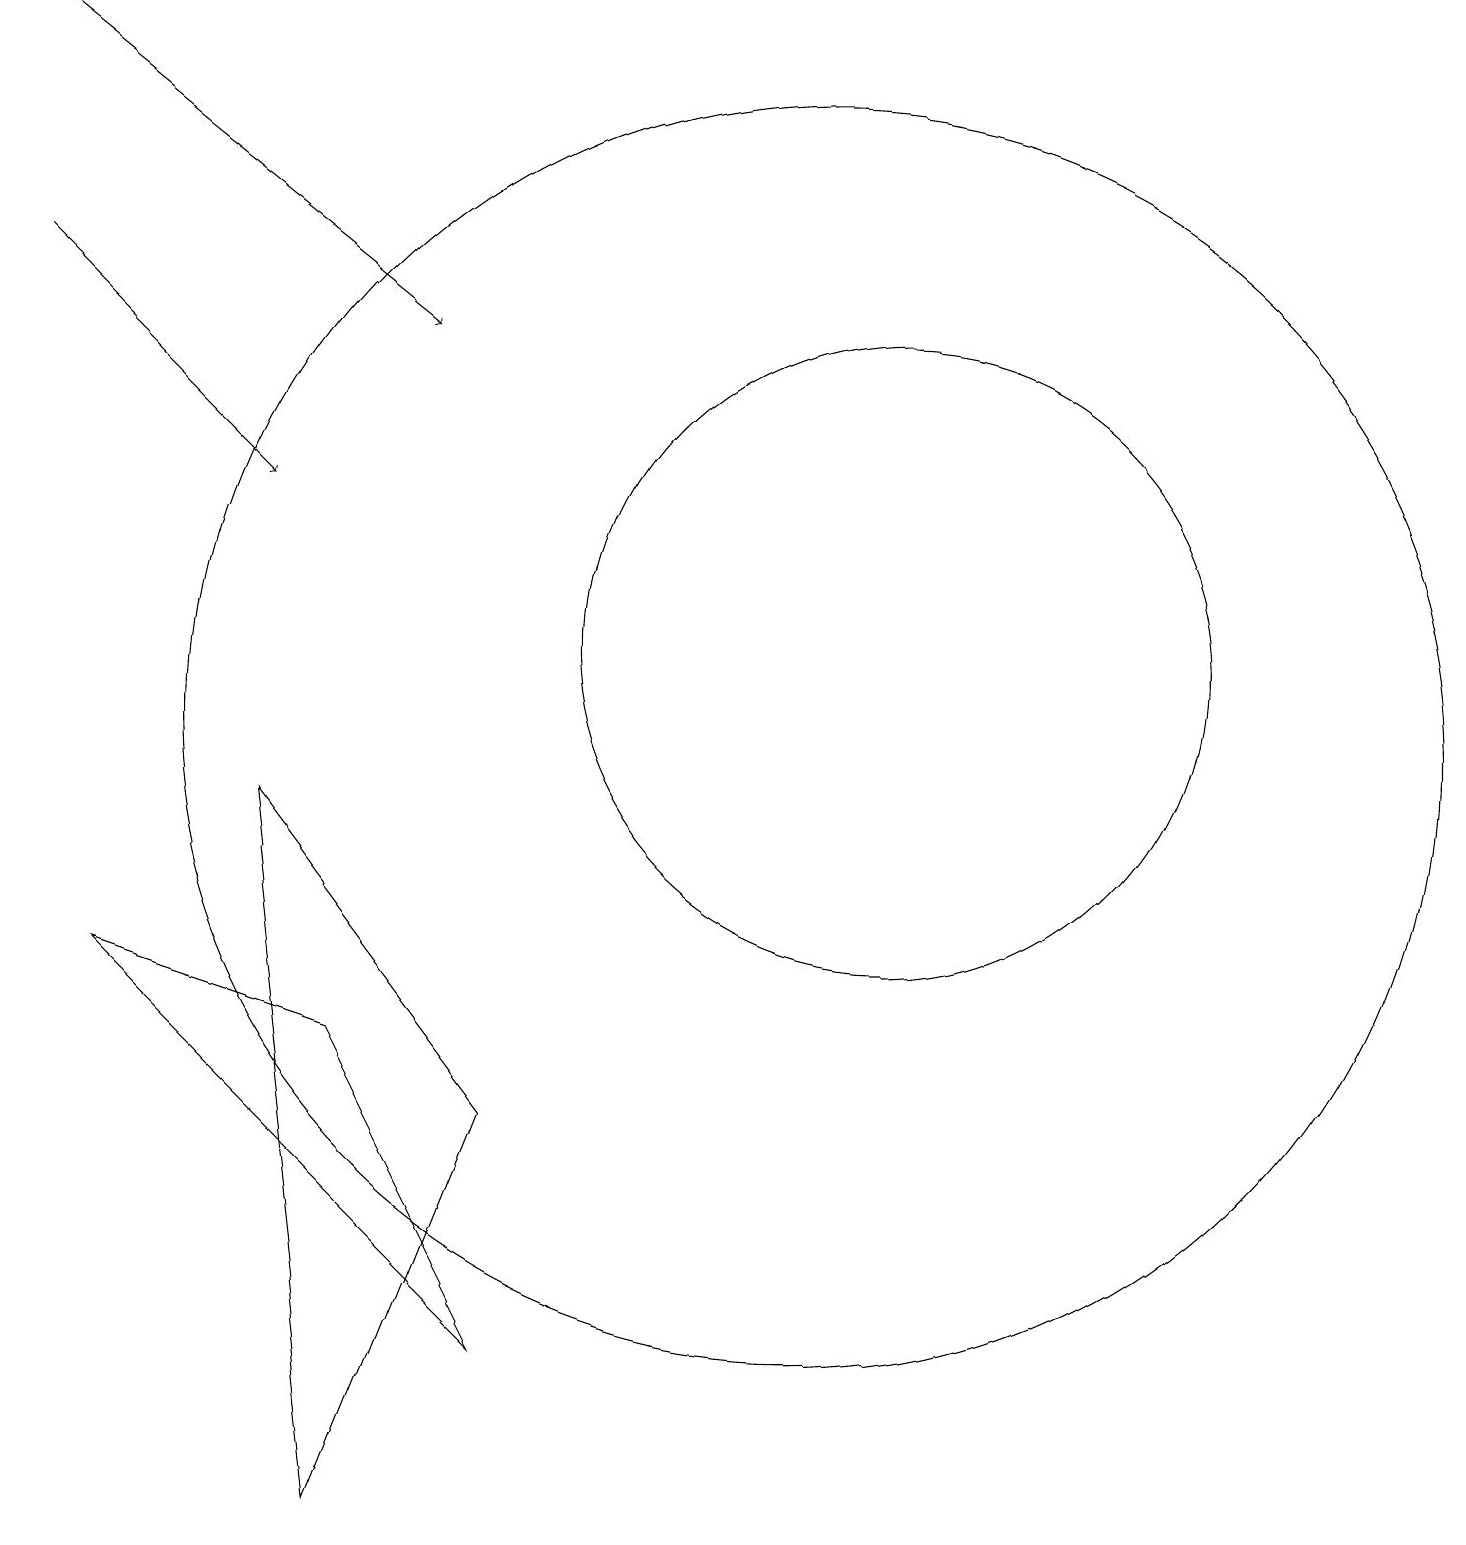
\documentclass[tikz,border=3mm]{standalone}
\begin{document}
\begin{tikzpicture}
\draw (5,0) -- (7,5) -- (4,9) -- cycle;
\draw[->] (1,16) -- (4,13);
\draw[->] (1,19) -- (6,15);
\draw (11,10) circle (8);
\draw (7,2) -- (5,6) -- (2,7) -- cycle;
\draw (12,11) circle (4);
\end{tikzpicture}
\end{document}